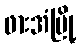
ဖားအံမြို့